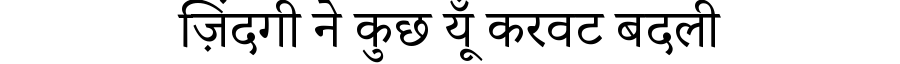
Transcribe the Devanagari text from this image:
ज़िंदगी ने कुछ यूँ करवट बदली